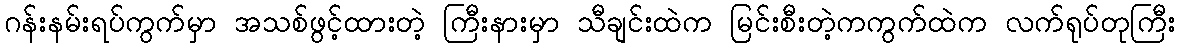
ဂန်းနမ်းရပ်ကွက်မှာ အသစ်ဖွင့်ထားတဲ့ ကြီးနားမှာ သီချင်းထဲက မြင်းစီးတဲ့ကကွက်ထဲက လက်ရုပ်တုကြီး